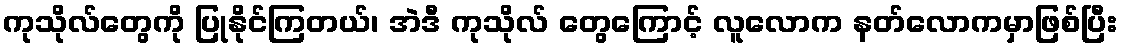
ကုသိုလ်တွေကို ပြုနိုင်ကြတယ်၊ အဲဒီ ကုသိုလ် တွေကြောင့် လူလောက နတ်လောကမှာဖြစ်ပြီး